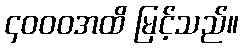
၄၀၀၀အထိ မြင့်သည်။